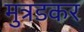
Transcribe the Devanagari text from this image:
मुत्रडकर